Annual administration and progress report of the Indian Medical Department, Bombay
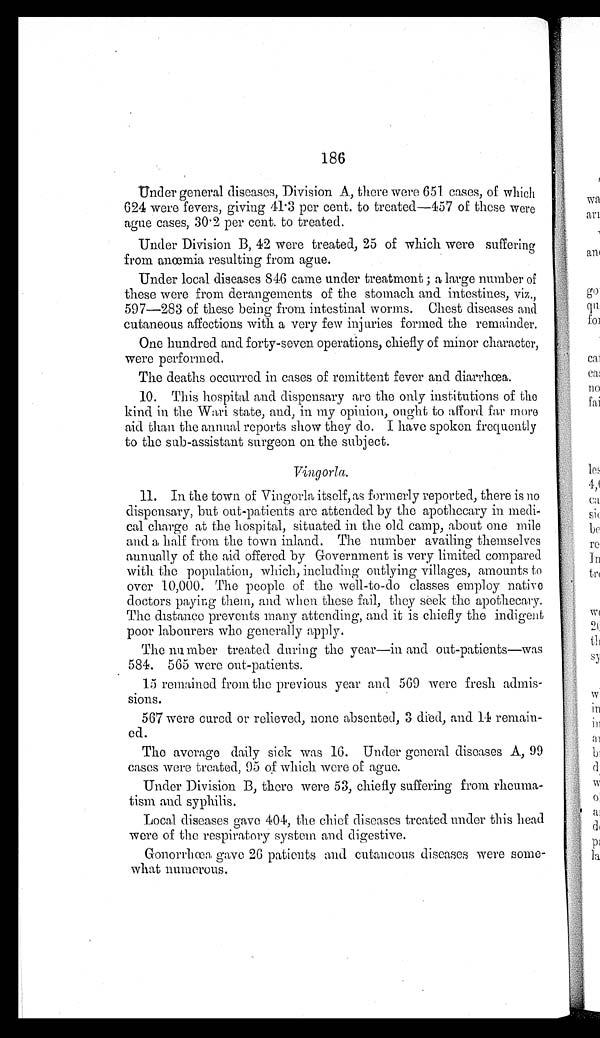
186
Under general diseases, Division A, there were 651 cases, of which
624 were fevers, giving 41.3 per cent. to treated—457 of these were
ague cases, 30.2 per cent. to treated.
Under Division B, 42 were treated, 25 of which were suffering
from anœmia, resulting from ague.
Under local diseases 846 came under treatment; a large number of
these were from derangements of the stomach and intestines, viz.,
597—283 of these being from intestinal worms. Chest diseases and
cutaneous affections with a very few injuries formed the remainder.
One hundred and forty-seven operations, chiefly of minor character,
were performed.
The deaths occurred in cases of remittent fever and diarrhœa.
10. This hospital and dispensary are the only institutions of the
kind in the Wari state, and, in my opinion, ought to afford far more
aid than the annual reports show they do. I have spoken frequently
to the sub-assistant surgeon on the subject.
.
11. In the town of Vingorla itself, as formerly reported, there is no
dispensary, but out-patients are attended by the apothecary in medi
-
cal charge at the hospital, situated in the old camp, about one mile
and a, half from the town inland. The number availing themselves
annually of the aid offered by Government is very limited compared
with the population, which, including outlying villages, amounts to
over 10,000. The people of the well-to-do classes employ native
doctors paying them, and when these fail, they seek the apothecary.
The distance prevents many attending, and it is chiefly the indigent
poor labourers who generally apply.
The number treated during the year—in and out-patients—was
584. 565 were out-patients.
15 remained from the previous year and 569 were fresh admis
-
sions.
567 were cured or relieved, none absented, 3 died, and 14 remain
-
ed.
The average daily sick was 16. Under general diseases A, 99
cases were treated, 95 of which were of ague.
Under Division B, there were 53, chiefly suffering from rheuma
-
tism and syphilis.
Local diseases gave 404, the chief diseases treated under this head
were of the respiratory system and digestive.
Gonorrhœa gave 26 patients and cutaneous diseases were
some-
what numerous.